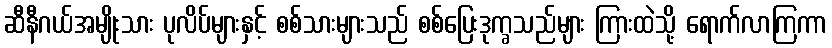
ဆီနီဂယ်အမျိုးသား ပုလိပ်များနှင့် စစ်သားများသည် စစ်ပြေးဒုက္ခသည်များ ကြားထဲသို့ ရောက်လာကြကာ